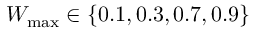
W _ { \mathrm { m a x } } \in \{ 0 . 1 , 0 . 3 , 0 . 7 , 0 . 9 \}